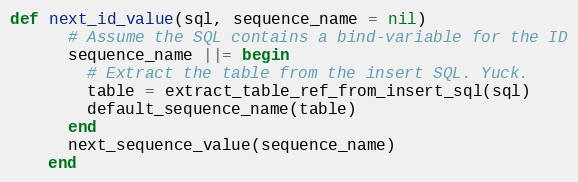
Language: Ruby
def next_id_value(sql, sequence_name = nil)
      # Assume the SQL contains a bind-variable for the ID
      sequence_name ||= begin
        # Extract the table from the insert SQL. Yuck.
        table = extract_table_ref_from_insert_sql(sql)
        default_sequence_name(table)
      end
      next_sequence_value(sequence_name)
    end